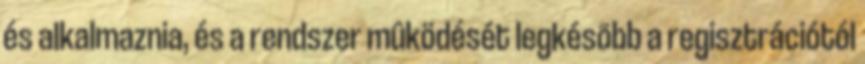
és alkalmaznia, és a rendszer mûködését legkésõbb a regisztrációtól